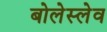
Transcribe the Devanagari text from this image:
बोलेस्लेव